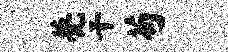
甍干苟